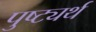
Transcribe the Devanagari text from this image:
पुष्ट्यर्थ